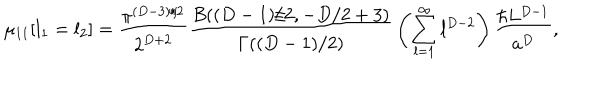
\mu _ { 1 1 } [ l _ { 1 } = l _ { 2 } ] = { \frac { \pi ^ { ( D - 3 ) / 2 } } { 2 ^ { D + 2 } } } { \frac { B ( ( D - 1 ) / 2 , - D / 2 + 3 ) } { \Gamma ( ( D - 1 ) / 2 ) } } \left( \sum _ { l = 1 } ^ { \infty } l ^ { D - 2 } \right) { \frac { \hbar L ^ { D - 1 } } { a ^ { D } } } ,